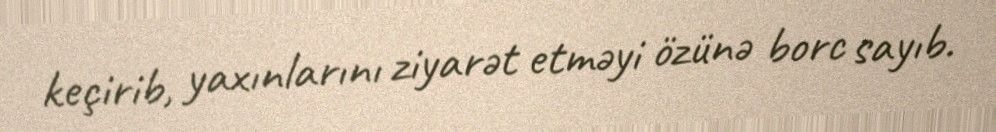
keçirib, yaxınlarını ziyarət etməyi özünə borc sayıb.